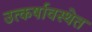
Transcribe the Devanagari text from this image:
उत्कर्षावस्थेत